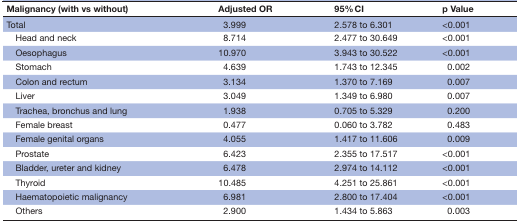
<table><thead><tr><td><b>Malignancy (with vs without)</b></td><td><b>Adjusted OR</b></td><td><b>95% CI</b></td><td><b>p Value</b></td></tr></thead><tbody><tr><td>Total</td><td>3.999</td><td>2.578 to 6.301</td><td>&lt;0.001</td></tr><tr><td> Head and neck</td><td>8.714</td><td>2.477 to 30.649</td><td>&lt;0.001</td></tr><tr><td> Oesophagus</td><td>10.970</td><td>3.943 to 30.522</td><td>&lt;0.001</td></tr><tr><td> Stomach</td><td>4.639</td><td>1.743 to 12.345</td><td>0.002</td></tr><tr><td> Colon and rectum</td><td>3.134</td><td>1.370 to 7.169</td><td>0.007</td></tr><tr><td> Liver</td><td>3.049</td><td>1.349 to 6.980</td><td>0.007</td></tr><tr><td> Trachea, bronchus and lung</td><td>1.938</td><td>0.705 to 5.329</td><td>0.200</td></tr><tr><td> Female breast</td><td>0.477</td><td>0.060 to 3.782</td><td>0.483</td></tr><tr><td> Female genital organs</td><td>4.055</td><td>1.417 to 11.606</td><td>0.009</td></tr><tr><td> Prostate</td><td>6.423</td><td>2.355 to 17.517</td><td>&lt;0.001</td></tr><tr><td> Bladder, ureter and kidney</td><td>6.478</td><td>2.974 to 14.112</td><td>&lt;0.001</td></tr><tr><td> Thyroid</td><td>10.485</td><td>4.251 to 25.861</td><td>&lt;0.001</td></tr><tr><td> Haematopoietic malignancy</td><td>6.981</td><td>2.800 to 17.404</td><td>&lt;0.001</td></tr><tr><td> Others</td><td>2.900</td><td>1.434 to 5.863</td><td>0.003</td></tr></tbody></table>